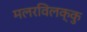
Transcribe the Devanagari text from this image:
मलरविलक्कु